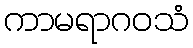
ကာမရာဂဝသံ